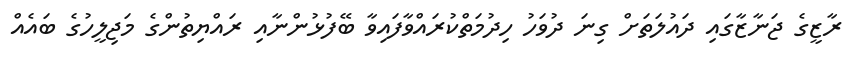
ރާޒީގެ ޖަނާޒާގައި ދައުލަތަށް ގިނަ ދުވަހު ހިދުމަތްކުރައްވާފައިވާ ބޭފުޅުންނާއި ރައްޔިތުންގެ މަޖިލީހުގެ ބައެއް